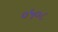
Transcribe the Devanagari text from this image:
०५०८